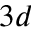
3 d